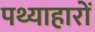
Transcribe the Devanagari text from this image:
पथ्याहारों